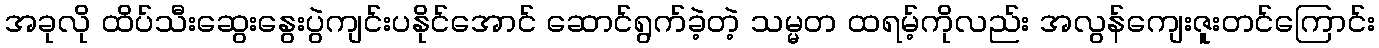
အခုလို ထိပ်သီးဆွေးနွေးပွဲကျင်းပနိုင်အောင် ဆောင်ရွက်ခဲ့တဲ့ သမ္မတ ထရမ့်ကိုလည်း အလွန်ကျေးဇူးတင်ကြောင်း